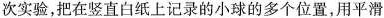
次实验，把在竖直白纸上记录的小球的多个位置，用平滑